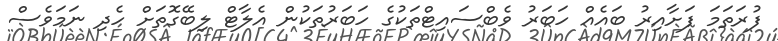
ފުރަތަމަ ފަށާއިރު ބައެއް ހަބަރު ވެބްސައިޓްތަކުގެ ހަބަރުތަކުން އެލާޓް ލިބޭގޮތަށް ހެދި ނަމަވެސް